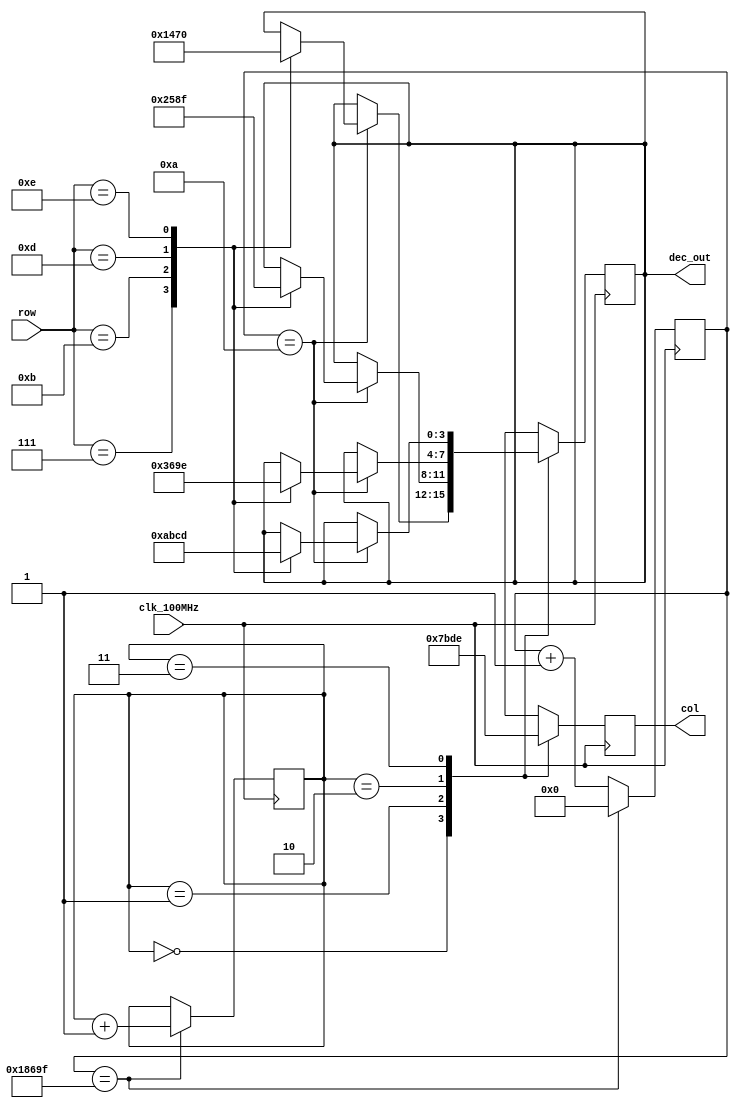
`timescale 1ns / 1ps

module decoder(
    input clk_100MHz,
    input [3:0] row,                      // 4 buttons per row
    output reg [3:0] col,                 // 4 columns on keypad
    output reg [3:0] dec_out              // binary value of button press
    );

    parameter LAG = 10;                   // 100MHz / 10 = 10M -> 1/10M = 100ns

	reg [19:0] scan_timer = 0;            // to count up to 99,999
	reg [1:0] col_select = 0;             // 2 bit counter to select 4 columns
	
	// scan timer/column select control
	always @(posedge clk_100MHz)          // 1ms = 1/1000s
		if(scan_timer == 99_999) begin    // 100MHz / 100,000 = 1000
			scan_timer <= 0;
			col_select <= col_select + 1;
		end
		else
			scan_timer <= scan_timer + 1;

    // set columns, check rows
	always @(posedge clk_100MHz)
		case(col_select)
			2'b00 :	begin
					   col = 4'b0111;
					   if(scan_timer == LAG)
						  case(row)
						      4'b0111 :	dec_out = 4'b0001;	// 1
						      4'b1011 :	dec_out = 4'b0100;	// 4
						      4'b1101 :	dec_out = 4'b0111;	// 7
						      4'b1110 :	dec_out = 4'b0000;	// 0
						  endcase
					end
			2'b01 :	begin
					   col = 4'b1011;
					   if(scan_timer == LAG)
						  case(row)    		
						      4'b0111 :	dec_out = 4'b0010;	// 2	
						      4'b1011 :	dec_out = 4'b0101;	// 5	
						      4'b1101 :	dec_out = 4'b1000;	// 8	
					          4'b1110 : dec_out = 4'b1111;	// F
			              endcase
			        end 
			2'b10 :	begin       
					   col = 4'b1101;
					   if(scan_timer == LAG)
						  case(row)    		       
						      4'b0111 :	dec_out = 4'b0011;	// 3 		
						      4'b1011 :	dec_out = 4'b0110;	// 6 		
						      4'b1101 :	dec_out = 4'b1001;	// 9 		
						      4'b1110 : dec_out = 4'b1110;	// E	    
						  endcase      
					end
			2'b11 :	begin
					   col = 4'b1110;
					   if(scan_timer == LAG)
						  case(row)    
						      4'b0111 :	dec_out = 4'b1010;	// A
						      4'b1011 :	dec_out = 4'b1011;	// B
						      4'b1101 :	dec_out = 4'b1100;	// C
						      4'b1110 :	dec_out = 4'b1101;	// D
						  endcase      
					end
		endcase

endmodule